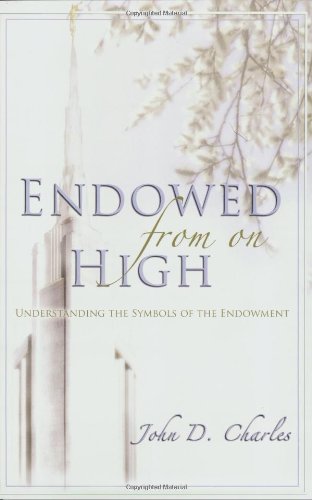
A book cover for Endowed from on High: Understanding the Symbols of the Endowment; John D. Charles; Christian Books & Bibles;